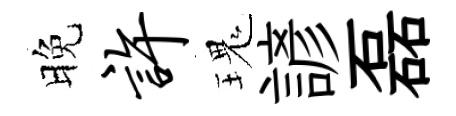
晚许瑰諺磊